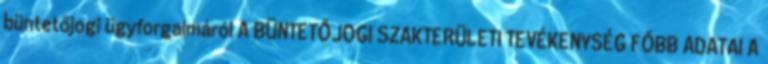
büntetőjogi ügyforgalmáról A BÜNTETŐJOGI SZAKTERÜLETI TEVÉKENYSÉG FŐBB ADATAI A